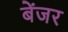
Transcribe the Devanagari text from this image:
बेंजर